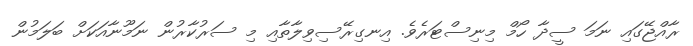
ރާއްޖޭގައި ނަމަ ސީދާ ހޯމް މިނިސްޓަރެވެ. އިނގިރޭސިވިލާތާއި މި ސަރުކާރުން ނަމޫނާއަކަށް ބަލަމުން